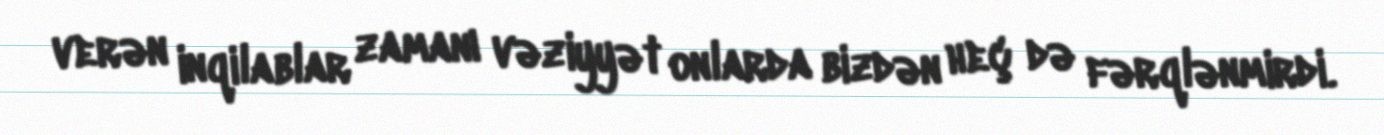
verən inqilablar zamanı vəziyyət onlarda bizdən heç də fərqlənmirdi.